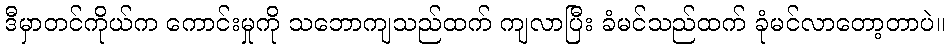
ဒီမှာတင်ကိုယ်က ကောင်းမှုကို သဘောကျသည်ထက် ကျလာပြီး ခံမင်သည်ထက် ခုံမင်လာတော့တာပဲ။